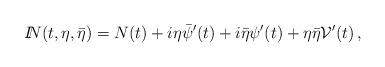
LaTeX: \begin{align*}{I\!\!N}(t,\eta ,\bar\eta )=N(t)+i\eta\bar\psi^\prime (t)+i\bar\eta\psi^\prime(t)+\eta\bar\eta {\cal V}^\prime (t) \, ,\end{align*}